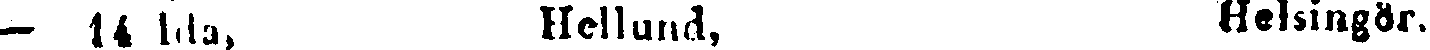
— 14 Ida, Hellund, Helsingör.